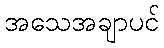
အသေအချာပင်